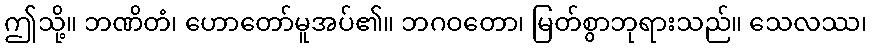
ဤသို့။ ဘဏိတံ၊ ဟောတော်မူအပ်၏။ ဘဂဝတော၊ မြတ်စွာဘုရားသည်။ သေလဿ၊